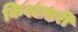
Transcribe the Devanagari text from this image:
किश्टवारी